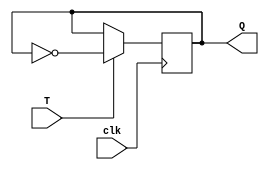
module t_flip_flop (
    input wire T, // Input T signal
    input wire clk, // Clock signal
    output reg Q // Output
);

    always @(posedge clk) begin
        if(T) begin
            Q <= ~Q; // Toggle the output
        end
    end

endmodule